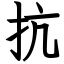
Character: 抗